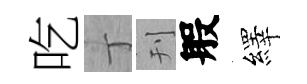
吃丁刊般繹